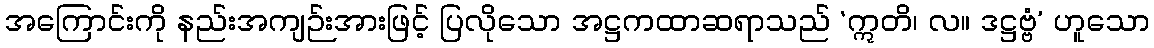
အကြောင်းကို နည်းအကျဉ်းအားဖြင့် ပြလိုသော အဋ္ဌကထာဆရာသည် ‘ဣတိ၊ လ။ ဒဋ္ဌဗ္ဗံ’ ဟူသော